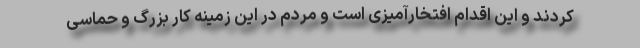
کردند و این اقدام افتخارآمیزی است و مردم در این زمینه کار بزرگ و حماسی